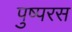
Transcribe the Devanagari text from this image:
पुष्परस